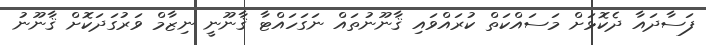
ފަސާދައާ ދެކޮޅަށް މަސައްކަތް ކުރައްވައި ޤާނޫނުތައް ނަގަހައްޓާ ޤާނޫނީ ނިޒާމް ވަރުގަދަކޮށް ޤާނޫނު